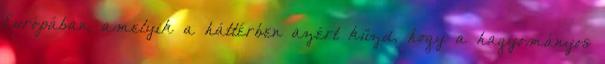
Európában, amelyik a háttérben azért küzd, hogy a hagyományos